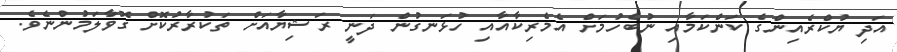
އަދި ޔުކްރެއިންގެ ކަންކަމާއި ނުބެހުމަށް އެމެރިކާއާއި ހުޅަނގުން ދަނީ ރަޝިޔާއަށް ތަކުރާރުކޮށް ގޮވާލަމުންނެވެ.